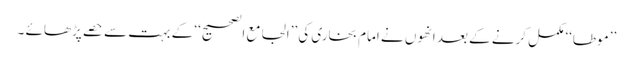
’’موطا‘‘ مکمل کرنے کے بعد انھوں نے امام بخاری کی ’’الجامع الصحیح‘‘ کے بہت سے حصے پڑھائے ۔